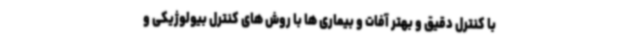
با کنترل دقیق و بهتر آفات و بیماری ها با روش های کنترل بیولوژیکی و